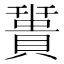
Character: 𧷩